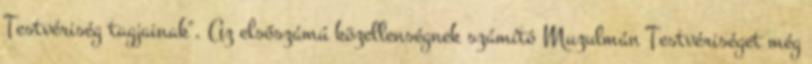
Testvériség tagjainak". Az elsőszámú közellenségnek számító Muzulmán Testvériséget még